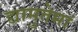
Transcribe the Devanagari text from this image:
द्यामुतेमां